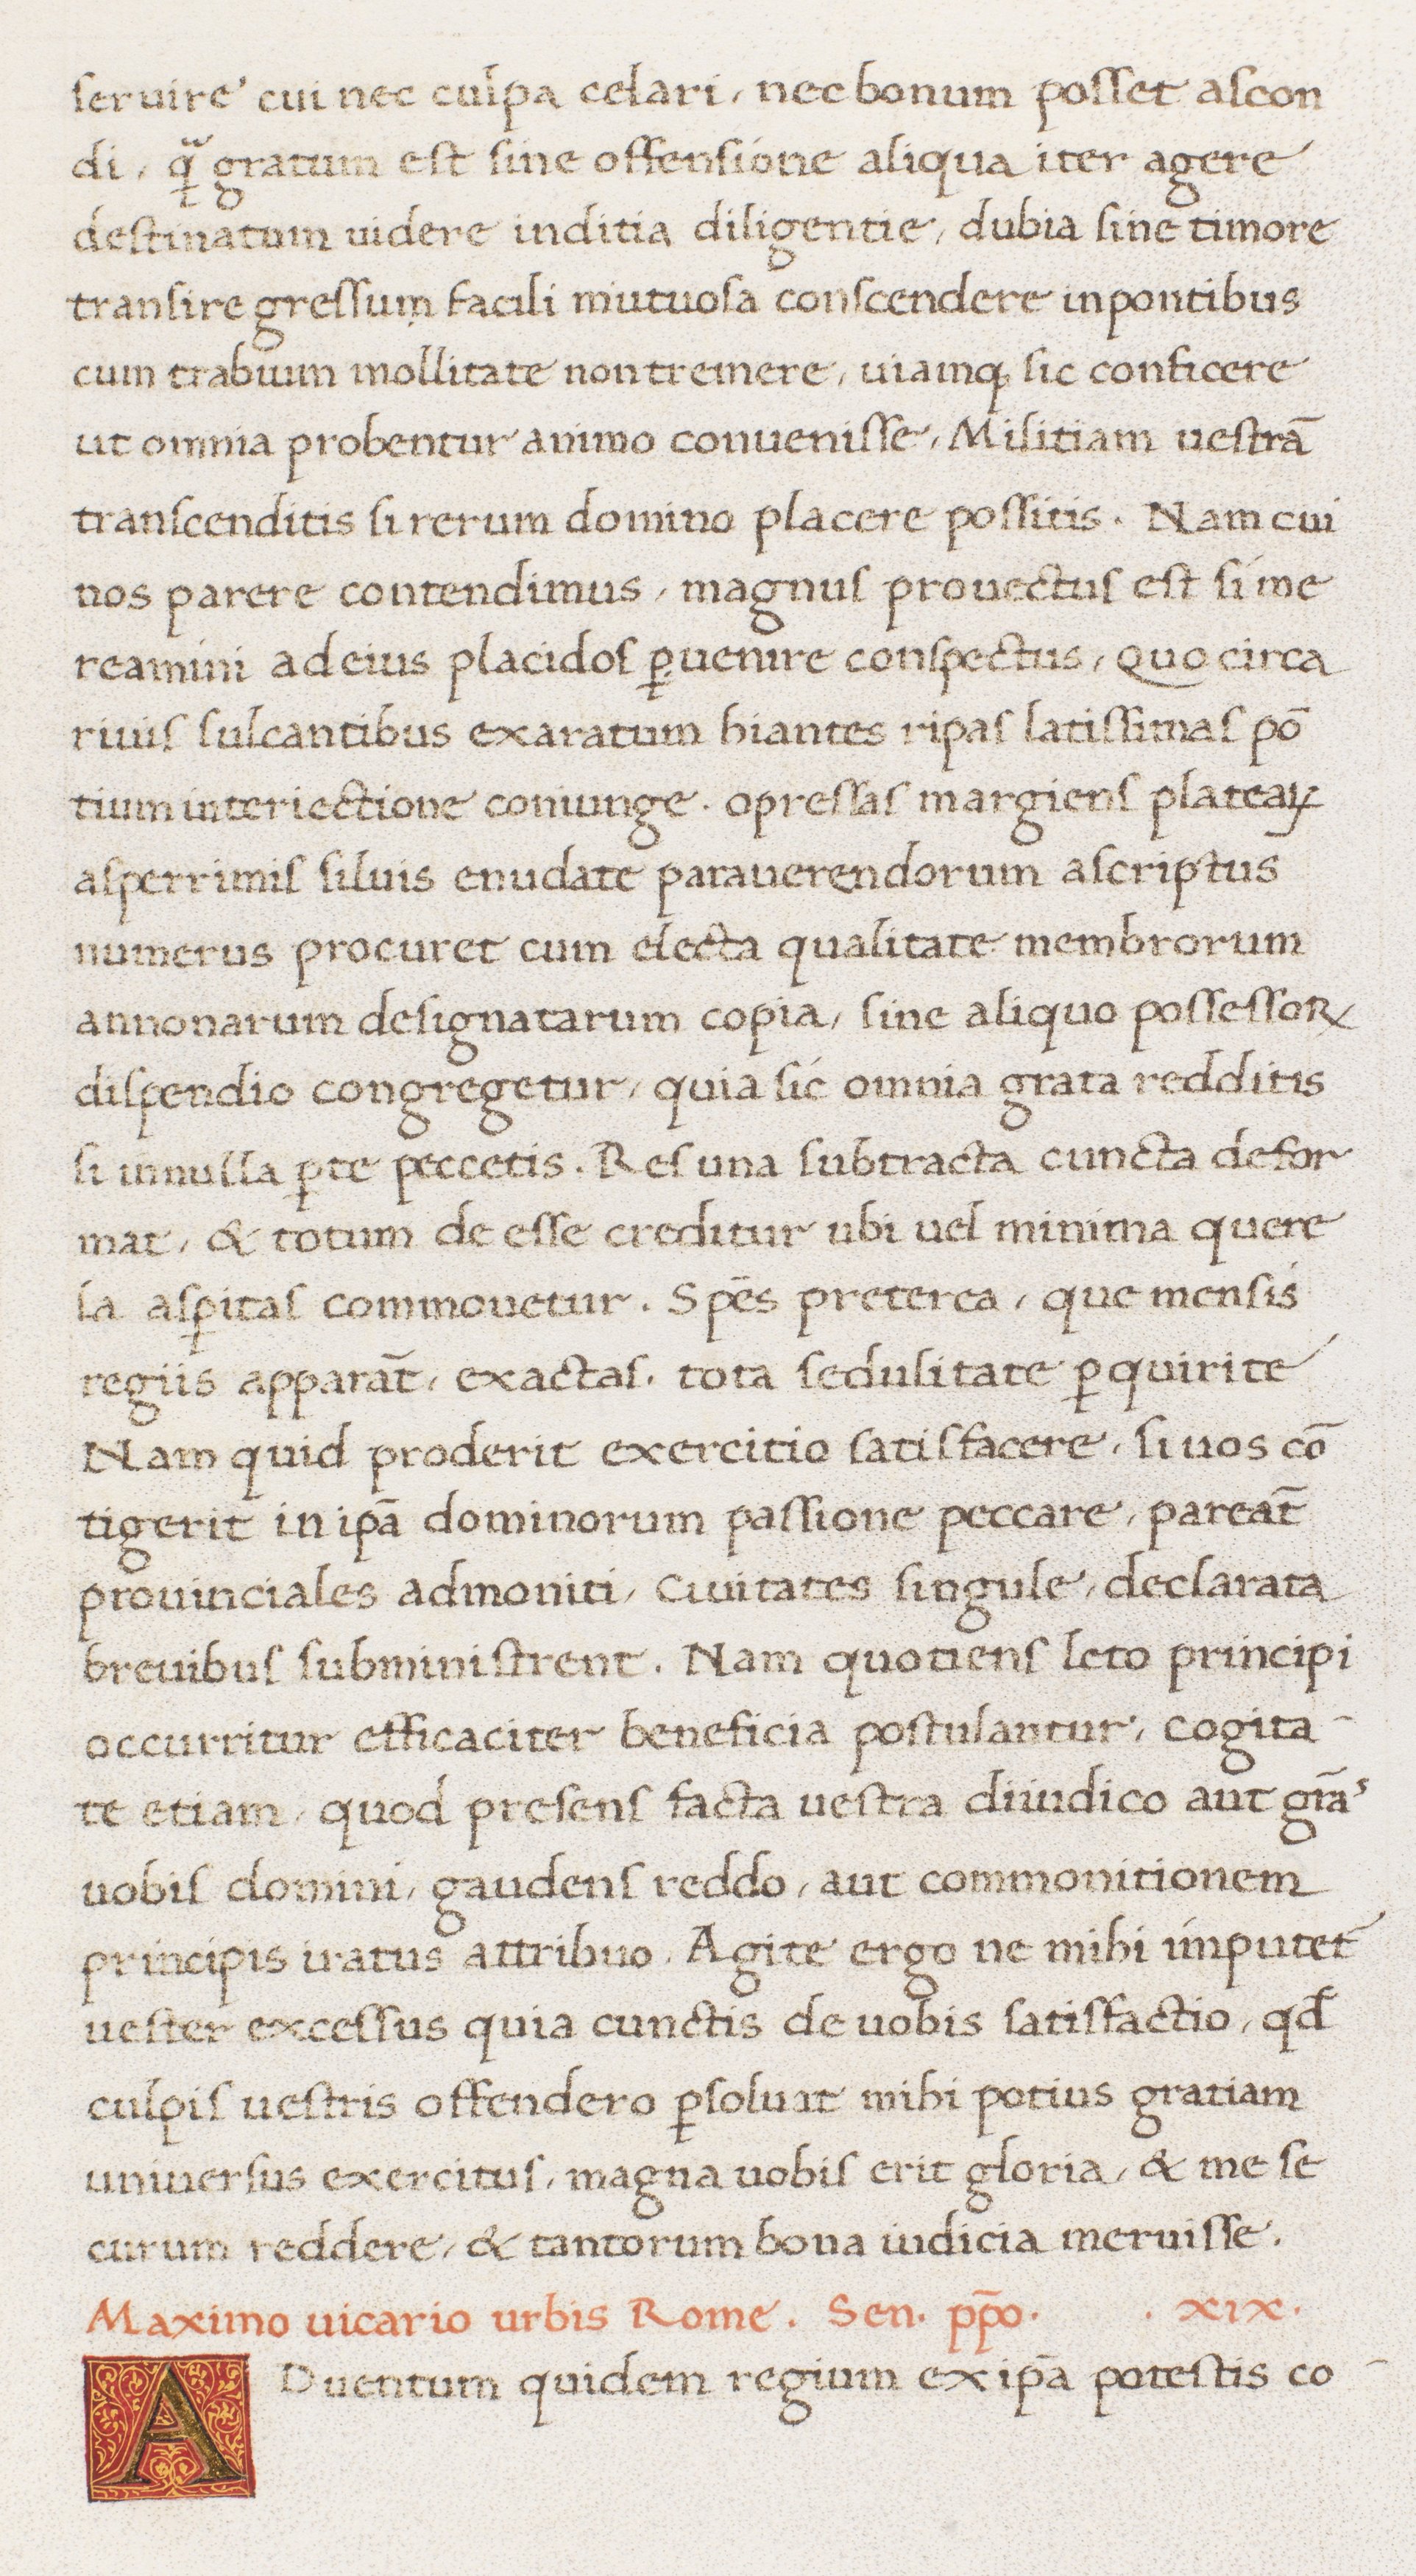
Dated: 1513–1521